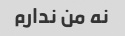
نه من ندارم